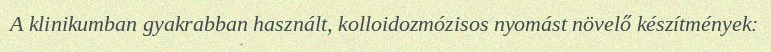
A klinikumban gyakrabban használt, kolloidozmózisos nyomást növelő készítmények: